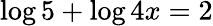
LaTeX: \log 5+\log 4x=2